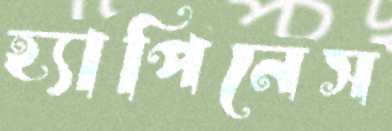
হ্যাপিনেস